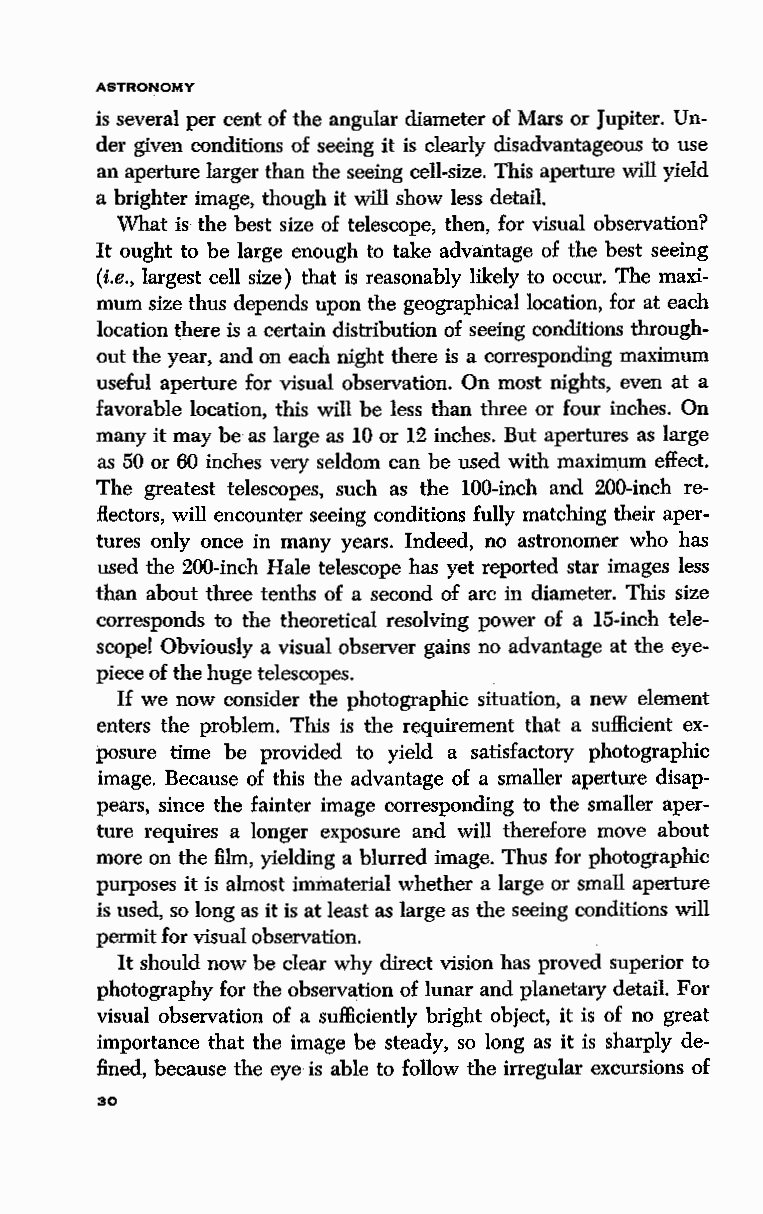
ASTRONOMY
 is several per cent of the angular diameter of Mars or Jupiter. Un
 der given conditions of seeing it is clearly disadvantageous to use
 an aperture larger than the seeing cell-size. This aperture will yield
 a brighter image, though it will show less detail.
 What is the best size of telescope, then, for visual observation?
 It ought to be large enough to take advantage of the best seeing
 (i.e., largest cell size) that is reasonably likely to occur. The maxi
 mum size thus depends upon the geographical location, for at each
 location there is a certain distribution of seeing conditions through
 out the year, and on each night there is a corresponding maximum
 useful aperture for visual observation. On most nights, even at a
 favorable location, this will be less than three or four inches. On
 many it may be as large as 10 or 12 inches. But apertures as large
 as 50 or 60 inches very seldom can be used with maximum effect.
 The greatest telescopes, such as the 100-inch and 200-inch re
 flectors, will encounter seeing conditions fully matching their aper
 tures only once in many years. Indeed, no astronomer who has
 used the 200-inch Hale telescope has yet reported star images less
 than about three tenths of a second of arc in diameter. This size
 corresponds to the theoretical resolving power of a 15-inch tele
 scope! Obviously a visual observer gains no advantage at the eye
 piece of the huge telescopes.
 If we now consider the photographic situation, a new element
 enters the problem. This is the requirement that a sufficient ex
 posure time be provided to yield a satisfactory photographic
 image. Because of this the advantage of a smaller aperture disap
 pears, since the fainter image corresponding to the smaller aper
 ture requires a longer exposure and will therefore move about
 more on the film, yielding a blurred image. Thus for photographic
 purposes it is almost immaterial whether a large or small aperture
 is used, so long as it is at least as large as the seeing conditions will
 permit for visual observation.
 It should now be clear why direct vision has proved superior to
 photography for the observation of lunar and planetary detail. For
 visual observation of a sufficiently bright object, it is of no great
 importance that the :iinage be steady, so long as it is sharply de
 fined, because the eye is able to follow the irregular excursions of
 30